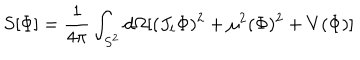
S [ \Phi ] = \frac { 1 } { 4 \pi } \int _ { S ^ { 2 } } d \Omega [ ( J _ { i } \Phi ) ^ { 2 } + \mu ^ { 2 } ( \Phi ) ^ { 2 } + V ( \Phi ) ]